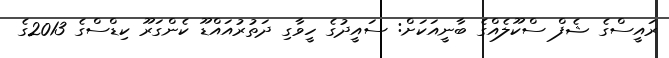
ރައީސްގެ ޝެފް ސްކޫލެއްގެ ބާނީއަކަށް: ސައީދުގެ ހީވާގި ދަތުރުއައްޑޫ ކެންގަރޫ ކިޑްސްގެ 2013ގެ